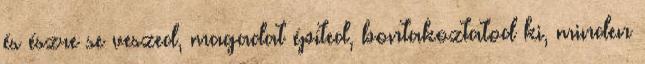
és észre se veszed, magadat építed, bontakoztatod ki, minden